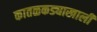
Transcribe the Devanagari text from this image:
कातळकड्याखाली